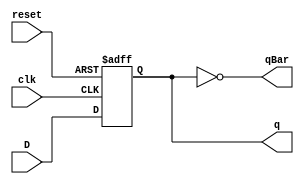
module DFlipFlop(clk, reset, D, q, qBar);
   input D, clk, reset;
   output q, qBar;
   reg q;

   not n1 (qBar, q);

   always @ (negedge reset or posedge clk)
      begin
         if(!reset)
            q = 0;
         else
            q = D;
      end
endmodule